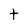
Character: t